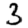
Digit: 3